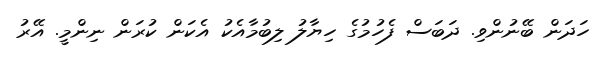
ހަދަން ބޭނުންވި. ދަބަސް ފެހުމުގެ ހިޔާލު ލިބުމާއެކު އެކަން ކުރަން ނިންމީ. އޭރު